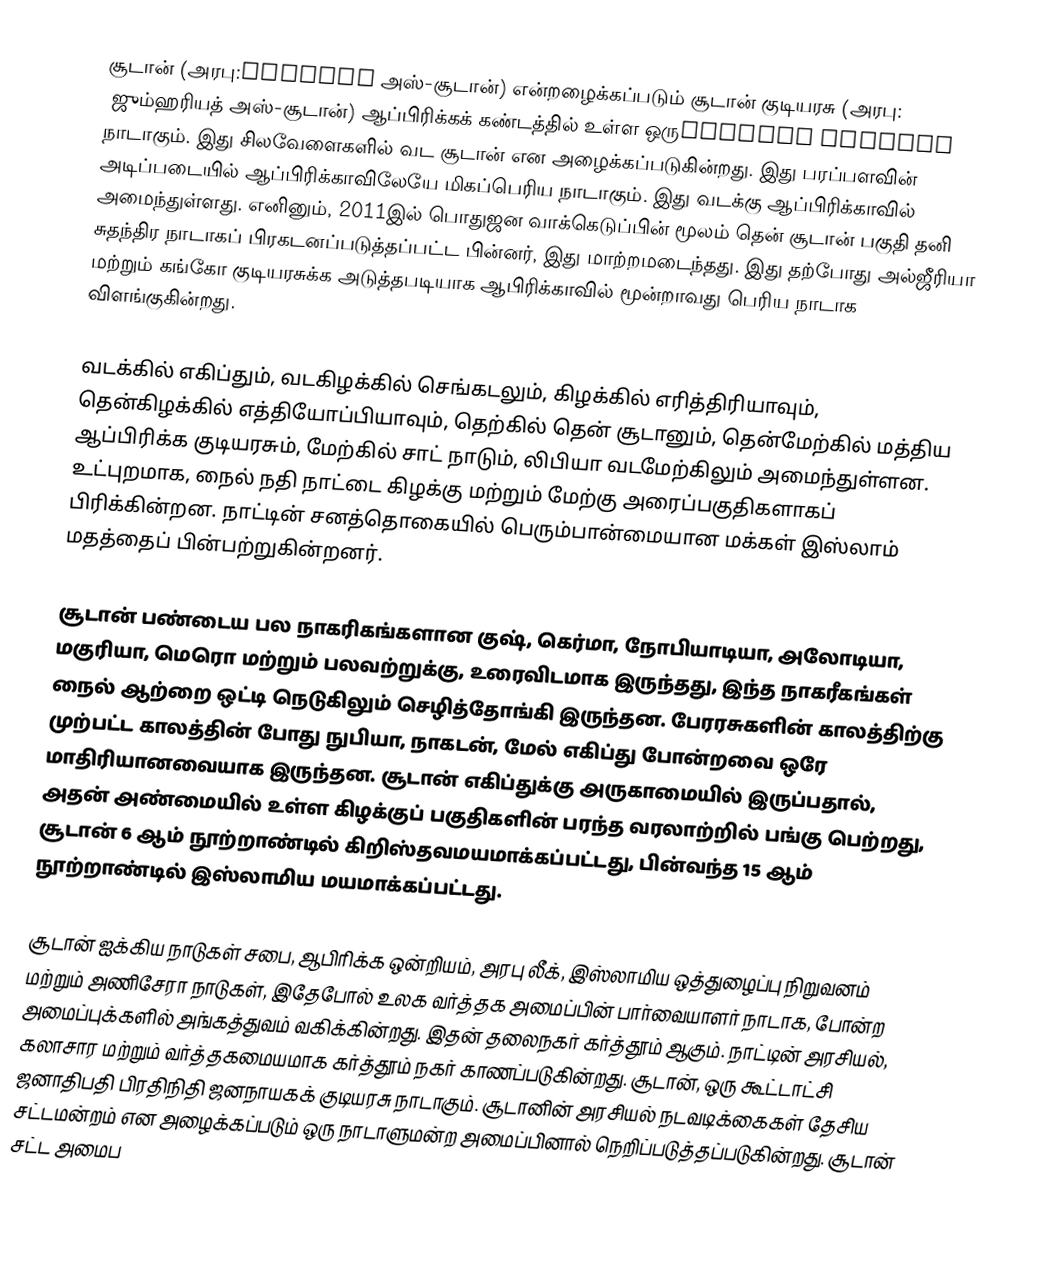
சூடான் (அரபு:السودان அஸ்-சூடான்) என்றழைக்கப்படும் சூடான் குடியரசு (அரபு: جمهورية السودان ஜும்ஹரியத் அஸ்-சூடான்) ஆப்பிரிக்கக் கண்டத்தில் உள்ள ஒரு நாடாகும். இது சிலவேளைகளில் வட சூடான் என அழைக்கப்படுகின்றது. இது பரப்பளவின் அடிப்படையில் ஆப்பிரிக்காவிலேயே மிகப்பெரிய நாடாகும். இது வடக்கு ஆப்பிரிக்காவில் அமைந்துள்ளது. எனினும், 2011இல் பொதுஜன வாக்கெடுப்பின் மூலம் தென் சூடான் பகுதி தனி சுதந்திர நாடாகப் பிரகடனப்படுத்தப்பட்ட பின்னர், இது மாற்றமடைந்தது. இது தற்போது  அல்ஜீரியா மற்றும் கங்கோ குடியரசுக்க அடுத்தபடியாக ஆபிரிக்காவில் மூன்றாவது பெரிய நாடாக விளங்குகின்றது.

வடக்கில் எகிப்தும், வடகிழக்கில் செங்கடலும், கிழக்கில் எரித்திரியாவும், தென்கிழக்கில் எத்தியோப்பியாவும், தெற்கில் தென் சூடானும், தென்மேற்கில் மத்திய ஆப்பிரிக்க குடியரசும், மேற்கில் சாட் நாடும், லிபியா வடமேற்கிலும் அமைந்துள்ளன. உட்புறமாக, நைல் நதி நாட்டை கிழக்கு மற்றும் மேற்கு அரைப்பகுதிகளாகப் பிரிக்கின்றன. நாட்டின் சனத்தொகையில் பெரும்பான்மையான மக்கள் இஸ்லாம் மதத்தைப் பின்பற்றுகின்றனர்.

சூடான் பண்டைய பல நாகரிகங்களான   குஷ், கெர்மா, நோபியாடியா, அலோடியா, மகுரியா, மெரொ மற்றும் பலவற்றுக்கு, உரைவிடமாக இருந்தது, இந்த நாகரீகங்கள் நைல் ஆற்றை ஒட்டி நெடுகிலும் செழித்தோங்கி இருந்தன. பேரரசுகளின் காலத்திற்கு முற்பட்ட காலத்தின் போது நுபியா, நாகடன், மேல் எகிப்து போன்றவை ஒரே மாதிரியானவையாக இருந்தன. சூடான் எகிப்துக்கு அருகாமையில் இருப்பதால், அதன் அண்மையில் உள்ள கிழக்குப் பகுதிகளின் பரந்த வரலாற்றில் பங்கு பெற்றது, சூடான் 6 ஆம் நூற்றாண்டில் கிறிஸ்தவமயமாக்கப்பட்டது, பின்வந்த 15 ஆம் நூற்றாண்டில் இஸ்லாமிய மயமாக்கப்பட்டது.

சூடான் ஐக்கிய நாடுகள் சபை, ஆபிரிக்க ஒன்றியம், அரபு லீக், இஸ்லாமிய ஒத்துழைப்பு நிறுவனம் மற்றும் அணிசேரா நாடுகள், இதேபோல் உலக வர்த்தக அமைப்பின் பார்வையாளர் நாடாக, போன்ற அமைப்புக்களில் அங்கத்துவம் வகிக்கின்றது. இதன் தலைநகர் கர்த்தூம் ஆகும். நாட்டின் அரசியல், கலாசார மற்றும் வர்த்தகமையமாக கர்த்தூம் நகர் காணப்படுகின்றது. சூடான், ஒரு கூட்டாட்சி ஜனாதிபதி பிரதிநிதி ஜனநாயகக் குடியரசு நாடாகும். சூடானின் அரசியல் நடவடிக்கைகள் தேசிய சட்டமன்றம் என அழைக்கப்படும் ஒரு நாடாளுமன்ற அமைப்பினால் நெறிப்படுத்தப்படுகின்றது.   சூடான் சட்ட அமைப